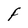
Character: F